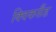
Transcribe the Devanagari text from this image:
क्विकसैंड